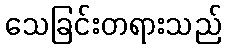
သေခြင်းတရားသည်